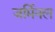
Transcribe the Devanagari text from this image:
जर्मिनल